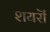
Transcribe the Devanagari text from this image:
शयरॊं